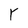
Character: r